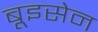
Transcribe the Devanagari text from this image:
बूइसेन